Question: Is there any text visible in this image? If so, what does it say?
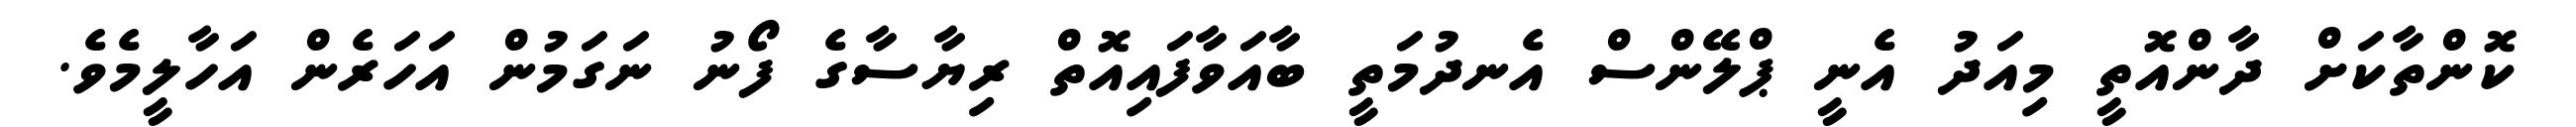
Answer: ކޮންތާކަށް ދާންއޮތީ މިއަދު އެނީ ޕްލޭންސް އެނދުމަތީ ބާއަވާފައިއޮތް ރިޔާސާގެ ފޯނު ނަގަމުން އަހަރެން އަހާލީމެވެ.